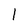
Character: 1